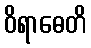
ဝိရာဓေတိ